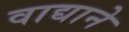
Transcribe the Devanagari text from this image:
वाद्याने